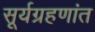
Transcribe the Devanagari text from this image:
सूर्यग्रहणांत